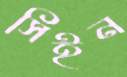
সিইন